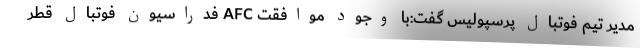
مدیر تیم فوتبال پرسپولیس گفت:با وجود موافقت AFC فدراسیون فوتبال قطر